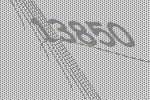
13850